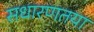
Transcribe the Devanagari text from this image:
सधारणतया